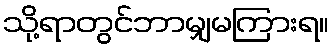
သို့ရာတွင်ဘာမျှမကြားရ။